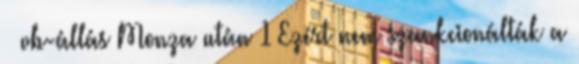
– vb-állás Monza után 1 Ezért nem szankcionálták a